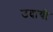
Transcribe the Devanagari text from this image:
उदायी